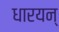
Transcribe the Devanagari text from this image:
धारयन्